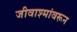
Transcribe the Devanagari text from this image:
जीवाश्मांवरून